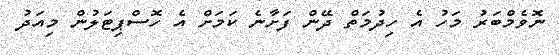
ނޮވެމްބަރު މަހު އެ ހިދުމަތް ދޭން ފަށާނެ ކަމަށް އެ ހޮސްޕިޓަލުން މިއަދު